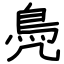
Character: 鳧